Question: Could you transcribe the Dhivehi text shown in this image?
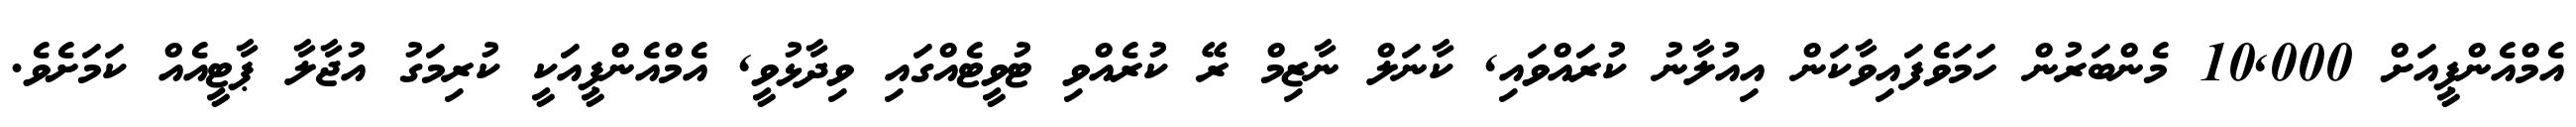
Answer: އެމްއެންޕީއަށް 10,000 މެންބަރުން ހަމަވެފައިވާކަން އިއުލާނު ކުރައްވައި, ކާނަލް ނާޒިމް ރޭ ކުރެއްވި ޓުވީޓެއްގައި ވިދާޅުވީ, އެމްއެންޕީއަކީ ކުރިމަގު އުޖާލާ ޕާޓީއެއް ކަމަށެވެ.